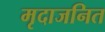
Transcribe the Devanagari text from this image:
मृदाजनित